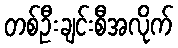
တစ်ဦးချင်းစီအလိုက်